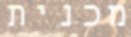
מכנית